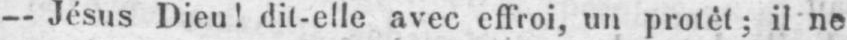
- Jésus Dieu! dit-elle avec effroi, un protêt; il ne